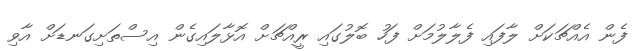
ފެން އެއްޗަކަށް ލާފައި ފެލާލުމަށް ފަހު ބޮލުގައި ރީއްޗަށް އޮޅާލައިގެން އިސްތަށިގަނޑަށް އާވި